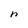
Character: n